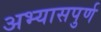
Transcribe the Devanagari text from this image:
अभ्यासपुर्ण